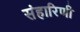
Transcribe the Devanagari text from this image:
संहारिणी